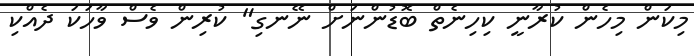
މިކަން މިހެން ކުރާނީ ކިހިނެތް ބޮޑުންނަށް ނޭނގި" ކުރިން ވެސް ވާހަކަ ދެއްކި